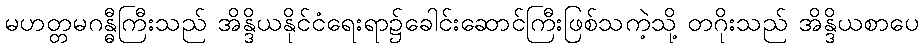
မဟတ္တမဂန္ဓီကြီးသည် အိန္ဒိယနိုင်ငံရေးရာ၌ခေါင်းဆောင်ကြီးဖြစ်သကဲ့သို့ တဂိုးသည် အိန္ဒိယစာပေ